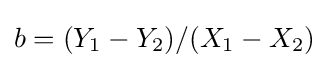
b=(Y_{1}-Y_{2})/(X_{1}-X_{2})